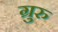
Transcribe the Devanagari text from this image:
ग्रुरु